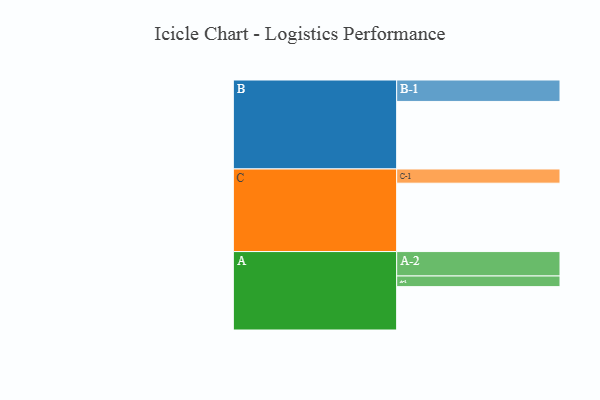
{"axis": {"x": "Segment", "y": "Value"}, "legend": ["", "A", "B", "C"], "data": [{"x": "A", "y": 366, "type": ""}, {"x": "B", "y": 570, "type": ""}, {"x": "C", "y": 577, "type": ""}, {"x": "A-1", "y": 90, "type": "A"}, {"x": "A-2", "y": 206, "type": "A"}, {"x": "B-1", "y": 181, "type": "B"}, {"x": "C-1", "y": 120, "type": "C"}]}